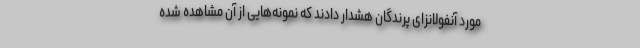
مورد آنفولانزای پرندگان هشدار دادند که نمونه‌هایی از آن مشاهده شده